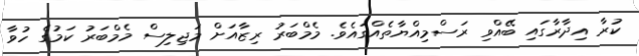
ކުރާ އިދާރާގައި ބޭއްވި ރަސްމިއްޔާތެއްގައެވެ. މެމްބަރު ރިޒާއަށް މަޖިލިސް މެމްބަރު ކަމުގެ ހުވާ